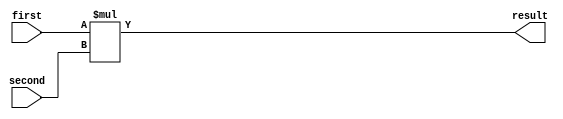
module multiplier (
    first,  // first number
    second, // second number
    result  // result number => first * second
);
    input wire signed [7:0]first, second;
    output wire signed [7:0] result;

    assign result = first * second;
endmodule